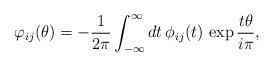
LaTeX: \begin{align*}\varphi _{ij}(\theta )=-\frac{1}{2\pi }\int_{-\infty }^{\infty }dt\,\phi_{ij}(t)\,\exp \frac{t\theta }{i\pi }, \end{align*}